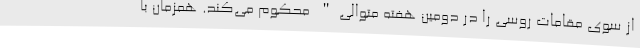
از سوی مقامات روسی را در دومین هفته متوالی" محکوم می‌کند. همزمان با